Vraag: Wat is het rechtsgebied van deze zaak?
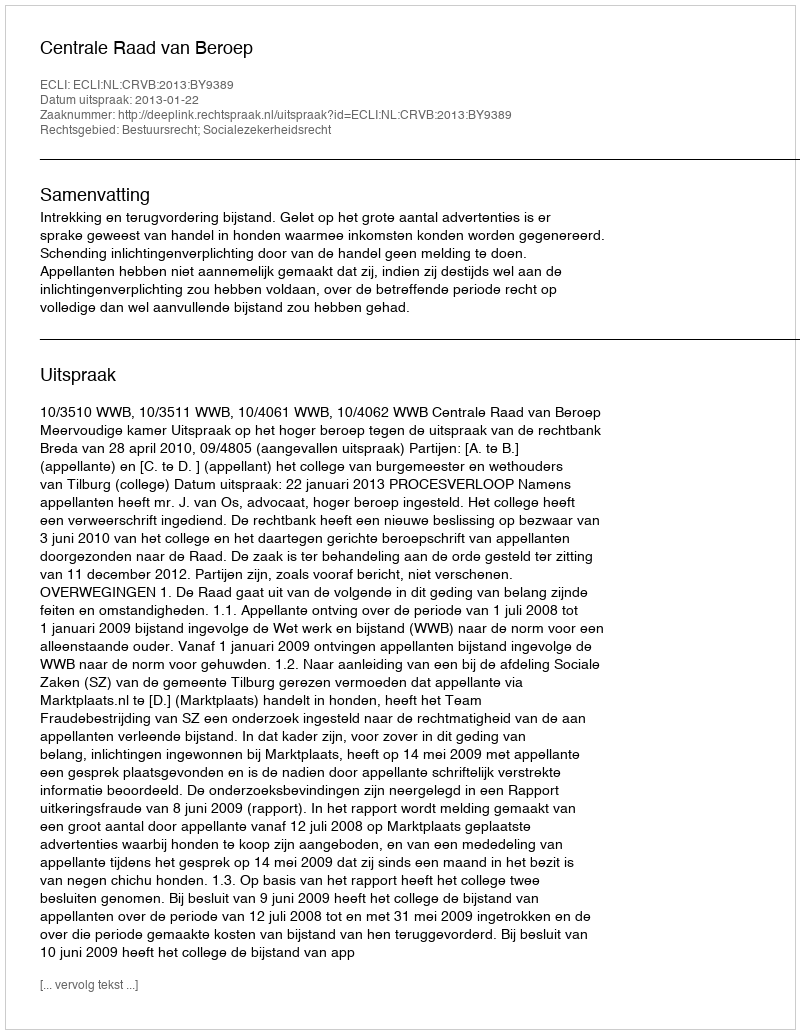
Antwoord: Bestuursrecht; Socialezekerheidsrecht